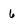
Character: 6